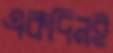
একদিনই